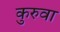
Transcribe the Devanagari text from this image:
कुरुवा